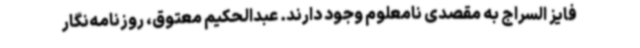
فایز السراج به مقصدی نامعلوم وجود دارند. عبدالحکیم معتوق، روزنامه‌نگار